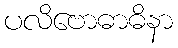
ပလိဗောဓာဓိနာ